Vital statistics of India. Vol. IV, Annual returns from 1871 to 1876. British Army of India, Native Army and jails of Bengal
Year: 1871
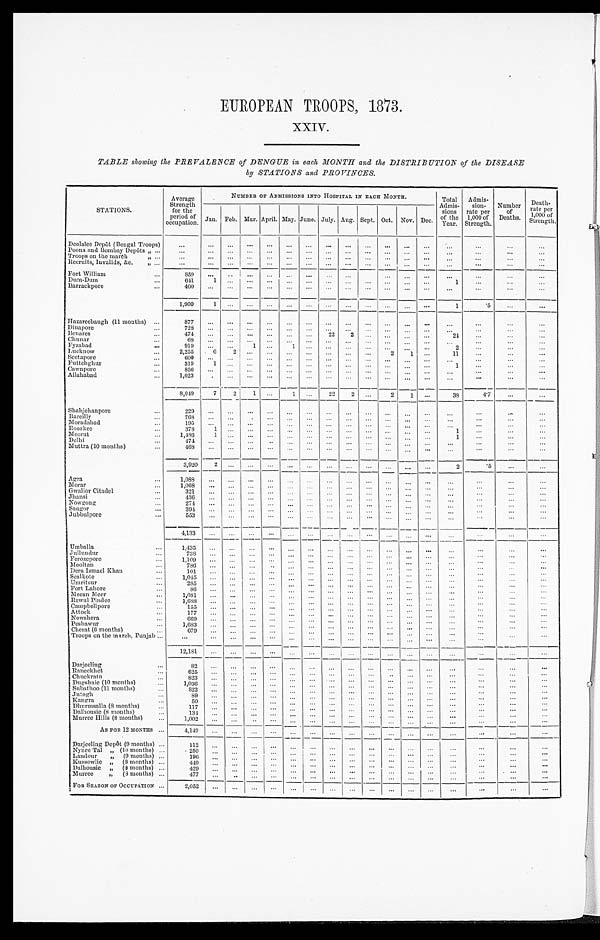
EUROPEAN TROOPS, 1873.
XXIV.
TABLE showing the PREVALENCE of DENGUE in each MONTH and the DISTRIBUTION of the DISEASE
by STATIONS and PROVINCES.
STATIONS.
Average
Strength
for the
period of
occupation.
NUMBER OF ADMISSIONS INTO HOSPITAL IN EACH MONTH.
Total
Admis-
sions
of the
Year.
Admis-
Sion-
rate per
1,000 of
Strength.
Number
of
Deaths.
Death
-
rate per
1 , 0 0 0 o f S t r e n g t h .
Jan. Feb. Mar. April. May. June. July. Aug. Sept. Oct. Nov. Dec.
Deolalee Depôt (Bengal Troops)
. . .
. . .
. . .
. . .
. . .
. . .
. . .
. . .
. . .
. . .
. . .
. . .
. . .
. . .
. . .
. . .
. . .
Poona and Bombay Depôts " . . .
. . .
. . .
. . . . . .
. . .
. . .
. . .
. . .
. . .
. . .
. . .
. . .
. . .
. . .
. . .
. . .
. . .
Troops on the march " . . .
. . .
. . .
. . .
. . .
. . .
. . .
. . .
. . .
. . .
. . .
. . .
. . .
. . .
. . .
. . .
. . .
. . .
Recruits, Invalids, &c. " . . .
. . .
. . .
. . . . . .
. . .
. . .
. . .
. . .
. . .
. . .
. . .
. . .
. . .
. . .
. . .
. . .
. . .
Fort William . . .
8 5 9
. . .
. . .. . .
. . .
. . .
. . .
. . .
. . .
. . .
. . .
. . .
. . .
. . .
. . .
. . .
. . .
Dum-Dum . . .
641
1
. . .. . .
. . .
. . .
. . .
. . .
. . .
. . .
. . .
. . .
. . .
1
. . .
. . .
. . .
Barrackpore . . .
400
. . .
. . .
. . .
. . .
. . .
. . .
. . .
. . .
. . .
. . .
. . .
. . .
. . .
. . .
. . .
. . .
1,900
1
. . .. . .
. . .
. . .
. . .
. . .
. . .
. . .
. . .
. . .
. . .
1
.5
. . .
. . .
Hazareebaugh (11 months) . . .
877
. . .
. . .. . .
. . .
. . .
. . .
. . .
. . .
. . .
. . .
. . .
. . .
. . .
. . .
. . .
. . .
Dinapore . . .
728
. . .
. . .
. . .
. . .
. . .
. . .
. . .
. . .
. . .
. . .
. . .
. . .
. . .
. . .
. . .
. . .
Benares . . .
4 7 4
. . .
. . .. . .
. . .
. . .
. . .
22
2
. . .
. . .
. . .
. . .
24
. . .
. . .
. . .
Chunar . . .
68
. . .
. . . . . .
. . .
. . .
. . .
. . .
. . .
. . .
. . .
. . .
. . .
. . .. . .
. . .
. . .
Fyzabad . . .
919
. . .
. . .1
. . .
1
. . .
. . .
. . .
. . .
. . .
. . .
. . .
2 . . .
. . .
. . .
Lucknow . . .
2,255
6
2
. . .
. . .
. . .
. . .
. . .
. . .
. . .
2
1
. . .
11 . . .
. . .
. . .
Seetapore . . .
600
. . .
. . .
. . .
. . .
. . .
. . .
. . .
. . .
. . .
. . .
. . .
. . .
. . .
. . .
. . .
. . .
Futtehghur . . .
319
1
. . .. . .
. . .
. . .
. . .
. . .
. . .
. . .
. . .
. . .
. . .
1
. . .
. . .
. . .
Cawnpore . . .
856
. . .
. . .
. . .
. . .
. . .
. . .
. . .
. . .
. . .
. . .
. . .
. . .
. . .
. . .
. . .
. . .
Allahabad . . .
1,023
. . .
. . .. . .
. . .
. . .
. . .
. . .
. . .
. . .
. . .
. . .
. . .
. . .
. . .
. . .
. . .
8,049
7
2
1
. . .
1
. . .
22
2
. . .
2
1
. . .
38
4 . 7
. . .
. . .
Shahjehnpore . . .
229
. . .. . .
. . .
. . .
. . .
. . .
. . .
. . .
. . .
. . .
. . .
. . .
. . .
. . .
. . .
. . .
Bareilly . . .
768
. . .
. . .
. . .
. . .
. . .
. . .
. . .
. . .
. . .
. . .
. . .
. . .
. . .
. . .
. . .
. . .
Moradabad . . .
195
. . .. . .
. . .
. . .
. . .
. . .
. . .
. . .
. . .
. . .
. . .
. . .
. . .
. . .
. . .
. . .
Roorkee . . .
378
1 . . .
. . .
. . .
. . .
. . .
. . .
. . .
. . .
. . .
. . .
. . .
1 . . .
. . .
. . .
Meerut . . .
1,486
1 . . .
. . .
. . .
. . .
. . .
. . .
. . .
. . .
. . .
. . .
. . .
1
. . .
. . .
. . .
Delhi . . .
4 7 4
. . .. . .
. . .
. . .
. . .
. . .
. . .
. . .
. . .
. . .
. . .
. . .
. . .
. . .
. . .
. . .
Muttra (10 months) . . .
468
. . .
. . .
. . .
. . .
. . .
. . .
. . . . . .
. . .
. . .
. . .
. . .
. . .
. . .
. . .
. . .
3,920 2
. . .
. . .
. . .
. . .
. . .
. . .
. . .
. . .
. . .
. . .
. . .
2
.5
. . .
. . .
Agra . . .
1,088
. . .
. . .
. . .
. . .
. . . . . .
. . .
. . .
. . .
. . .
. . .
. . .
. . .
. . .
. . .
. . .
Morar . . .
1,068
. . .
. . .
. . .
. . .
. . .
. . .
. . .
. . .
. . .
. . .
. . .
. . .
. . .
. . .
. . .
. . .
Gwalior Citadel . . .
3 2 1 . . .
. . .
. . .
. . .
. . .
. . .
. . .
. . .
. . .
. . .
. . .
. . .
. . .
. . .
. . .
. . .
Jhansi . . .
436 . . .
. . .
. . .
. . .
. . .
. . .
. . .
. . .
. . .
. . .
. . .
. . .
. . .
. . .
. . .
. . .
Nowgong . . .
2 7 4 . . .
. . .
. . .
. . .
. . .
. . .
. . .
. . .
. . .
. . .
. . .
. . .
. . .
. . .
. . .
. . .
Saugor . . .
394 . . .
. . .
. . .
. . .
. . .
. . .
. . .
. . .
. . .
. . .
. . .
. . .
. . .
. . .
. . .
. . .
Jubbulpore . . .
5 5 3
. . .
. . .
. . .
. . .
. . .
. . .
. . .
. . .
. . .
. . .
. . .
. . .
. . .
. . .
. . .
. . .
4,133 . . .
. . .
. . .
. . .
. . .
. . .
. . .
. . .
. . .
. . .
. . .
. . .
. . .
. . .
. . .
. . .
Umballa . . .
1 , 4 3 5
. . .
. . .
. . .
. . .
. . .
. . .
. . .
. . .
. . .
. . .
. . .
. . .
. . .
. . .
. . .
. . .
Jullundur . . .
738
. . .
. . .
. . .
. . .
. . .
. . .
. . .
. . .
. . .
. . .
. . .
. . .
. . .
. . .
. . .
. . .
Ferozepore . . .
1 , 1 0 9
. . .
. . .
. . .
. . .
. . .
. . .
. . .
. . .
. . .
. . .
. . .
. . .
. . .
. . .
. . .
. . .
Mooltan . . .
786
. . .
. . .
. . .
. . .
. . .
. . .
. . .
. . .
. . .
. . .
. . .
. . .
. . .
. . .
. . .
. . .
Dera Ismael Khan . . .
101
. . .
. . .
. . .
. . .
. . .
. . .
. . .
. . .
. . .
. . .
. . .
. . .
. . .
. . .
. . .
. . .
Sealkote . . .
1,045
. . .
. . .
. . .
. . .
. . .
. . .
. . .
. . .
. . .
. . .
. . .
. . .
. . .
. . .
. . .
. . .
Umritsur . . .
2 8 5
. . .
. . .
. . .
. . .
. . .
. . .
. . .
. . .
. . .
. . .
. . .
. . .
. . .
. . .
. . .
. . .
Fort Lahore . . .
86
. . .
. . .
. . .
. . .
. . .
. . .
. . .
. . .
. . .
. . .
. . .
. . .
. . .
. . .
. . .
. . .
Meean Meer . . .
1,081
. . .
. . .
. . .
. . .
. . .
. . .
. . .
. . .
. . .
. . .
. . .
. . .
. . .
. . .
. . .
. . .
Rawul Pindee . . .
1,688
. . .
. . .
. . .
. . .
. . .
. . .
. . .
. . .
. . .
. . .
. . .
. . .
. . .
. . .
. . .
. . .
Campbellpore . . .
1 5 5
. . .
. . .
. . .
. . .
. . .
. . .
. . .
. . .
. . .
. . .
. . .
. . .
. . .
. . .
. . .
. . .
Attock . . .
177
. . .
. . .
. . .
. . .
. . .
. . .
. . .
. . .
. . .
. . .
. . .
. . .
. . .
. . .
. . .
. . .
Nowshera . . .
669
. . .
. . .
. . .
. . .
. . .
. . .
. . .
. . .
. . .
. . .
. . .
. . .
. . .
. . .
. . .
. . .
Peshawur . . .
1,683
. . .
. . .
. . .
. . .
. . .
. . .
. . .
. . .
. . .
. . .
. . .
. . .
. . .
. . .
. . .
. . .
Cherat (6 months) . . .
679
. . .
. . .
. . .
. . .
. . .
. . .
. . .
. . .
. . .
. . .
. . .
. . .
. . .
. . .
. . .
. . .
Troops on the march, Punjab . . .
. . .
. . .
. . .
. . .
. . .
. . .
. . .
. . .
. . .
. . .
. . .
. . .
. . .
. . .
. . .
. . .
. . .
1 2 , 1 8 1
. . .
. . .
. . .
. . .
. . .
. . .
. . .
. . .
. . . . . .
. . .
. . .
. . .
. . .
. . .
. . .
Darjeeling . . .
8 2
. . .. . .
. . .
. . .
. . .
. . .
. . .
. . .
. . .
. . .
. . .
. . .
. . .
. . .
. . .
. . .
Raneckhet . . .
6 2 5
. . .
. . .
. . .
. . .. . .
. . .
. . .
. . . . . .
. . .
. . .
. . .
. . .
. . .
. . .
. . .
Chuckrata . . .
8 2 3
. . .
. . .
. . .
. . .. . .
. . .
. . .
. . . . . .
. . .
. . .
. . .
. . .
. . .
. . .
. . .
Dugshaie (10 months) . . .
1,036
. . .
. . . . . .
. . .
. . .
. . .
. . .
. . .
. . .
. . .
. . .
. . .
. . .
. . .
. . .
. . .
Subathoo (11 months) . . .
8 2 2
. . .
. . .
. . .
. . . . . .
. . .
. . .
. . .
. . .
. . .
. . .
. . .
. . .
. . .
. . .
. . .
Jutogh . . .
89
. . .
. . .
. . .
. . .
. . .
. . .
. . .
. . .
. . .
. . .
. . .
. . .
. . .
. . .
. . .
. . .
Kangra . . .
50
. . .
. . .
. . .
. . .
. . .
. . .
. . .
. . .
. . .
. . .
. . .
. . .
. . .
. . .
. . .
. . .
Dhurmsalla (8 months) . . .
117
. . .
. . .
. . .
. . .
. . .
. . .
. . .
. . .
. . .
. . .
. . .
. . .
. . .
. . .
. . .
. . .
Dalhousie (8 months) . . .
1 3 4
. . .
. . .
. . .
. . .
. . .
. . .
. . .
. . .
. . .
. . .
. . .
. . .
. . .
. . .
. . .
. . .
Murree Hills (8 months) . . .
1 ,002
. . .
. . .
. . .
. . .
. . .
. . .
. . .
. . .
. . .
. . .
. . .
. . .
. . .
. . .
. . .
. . .
As FOR 12 MONTHS . . .
4,149
. . .
. . .
. . .
. . .
. . .
. . .
. . .
. . .
. . .
. . .
. . .
. . .
. . .
. . .
. . .
. . .
Darjeeling Depôt (9 months) . . .
1 1 2
. . .
. . .
. . .
. . . . . .
. . .
. . .
. . .
. . .
. . .
. . .
. . .
. . .
. . .
. . .
. . .
Nynee Tal" (10 months) . . .
250
. . .
. . .
. . .
. . .
. . .
. . .
. . .
. . .
. . .
. . .
. . .
. . .
. . .
. . .
. . .
. . .
Landour " (9 months) . . .
196
. . .
. . .
. . .
. . .
. . .
. . .
. . .
. . .
. . .
. . .
. . .
. . .
. . .
. . .
. . .
. . .
Kussowlie " (8 months) . . .
449
. . .
. . .
. . .
. . . . . .
. . .
. . .
. . .
. . .
. . .
. . .
. . .
. . .
. . .
. . .
. . .
Dalhousie " (8 months) . . .
4 2 9
. . .
. . .
. . .
. . . . . .
. . .
. . .
. . .
. . .
. . .
. . .
. . .
. . .
. . .
. . .
Murree " (8 months) . . .
4 7 7
. . .
. . .
. . .
. . . . . .
. . .
. . .
. . .
. . .
. . .
. . .
. . .
. . .
. . .
. . .
. . .
FOR SEASON or OCCUPATION . . .
2,052
. . .
. . .
. . .
. . . . . .
. . .
. . .
. . .
. . .
. . .
. . .
. . .
. . .
. . .
. . .
. . .